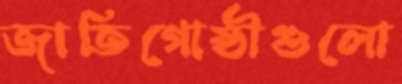
জাতিগোষ্ঠীগুলো